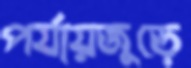
পর্যায়জুড়ে